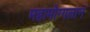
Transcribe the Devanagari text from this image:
महामोग्गलान